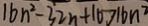
1 6 n ^ { 2 } - 3 2 n + 1 6 > 1 6 n ^ { 2 }